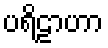
ပရိဠာဟာ